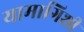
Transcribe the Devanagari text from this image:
यामागिशी